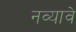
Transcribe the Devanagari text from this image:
नव्यावे